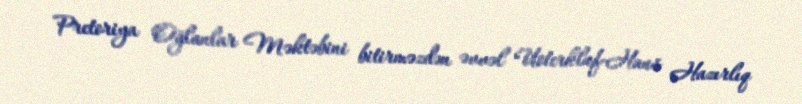
Pretoriya Oğlanlar Məktəbini bitirməzdən əvvəl Uoterkluf-Haus Hazırlıq